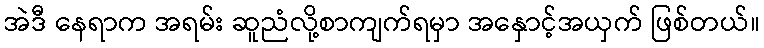
အဲဒီ နေရာက အရမ်း ဆူညံလို့စာကျက်ရမှာ အနှောင့်အယှက် ဖြစ်တယ်။